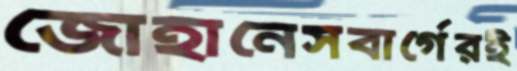
জোহানেসবার্গেরই